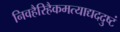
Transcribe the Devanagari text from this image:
निवहैरिहैकमत्याद्यददुष्टं